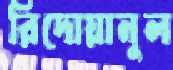
রিদোয়ানুল